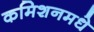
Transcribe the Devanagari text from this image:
कमिशनमधे